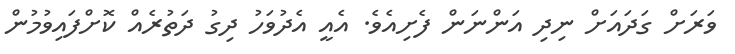
ވަރަށް ގަދައަށް ނިދި އަންނަން ފެށިއެވެ. އެއީ އެދުވަހު ދިގު ދަތުރެއް ކޮށްފައިވުމުން